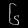
Digit: ၆